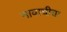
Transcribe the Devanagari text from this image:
नावाचीया